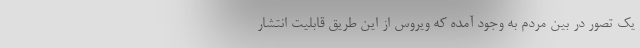
یک تصور در بین مردم به وجود آمده که ویروس از این طریق قابلیت انتشار